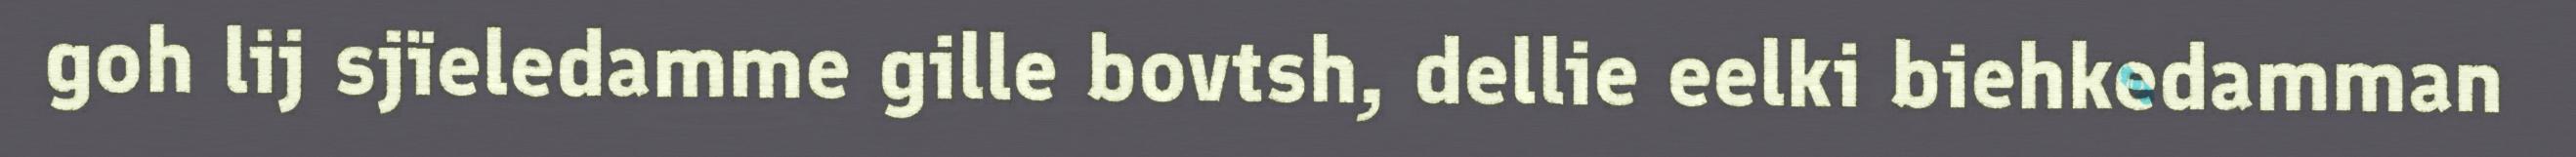
goh lij sjïeledamme gille bovtsh, dellie eelki biehkedamman